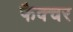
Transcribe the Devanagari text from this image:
फैक्चर